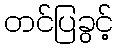
တင်ပြခွင့်